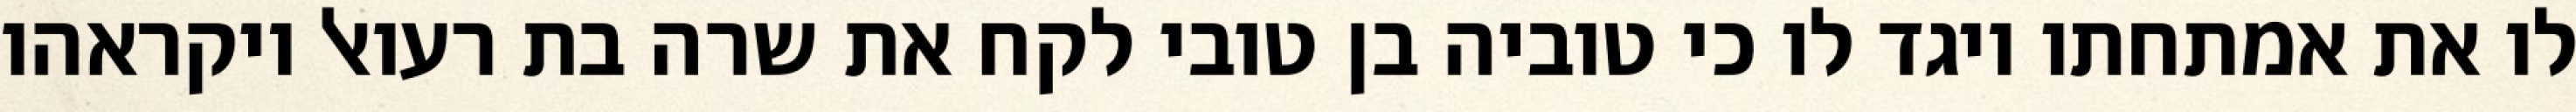
לו את אמתחתו ויגד לו כי טוביה בן טובי לקח את שרה בת רעואל ויקראהו